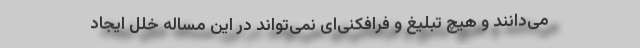
می‌دانند و هیچ تبلیغ و فرافکنی‌ای نمی‌تواند در این مساًله خلل ایجاد